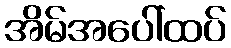
အိမ်အပေါ်ထပ်